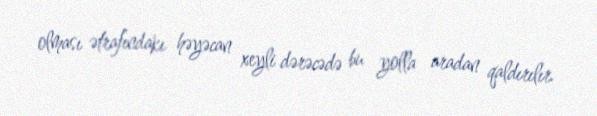
olması ətrafındakı həyəcan xeyli dərəcədə bu yolla aradan qaldırılır.